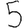
Digit: 5